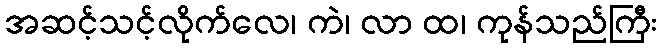
အဆင့်သင့်လိုက်လေ၊ ကဲ၊ လာ ထ၊ ကုန်သည်ကြီး